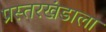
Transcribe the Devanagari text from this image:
प्रस्तरखंडाला